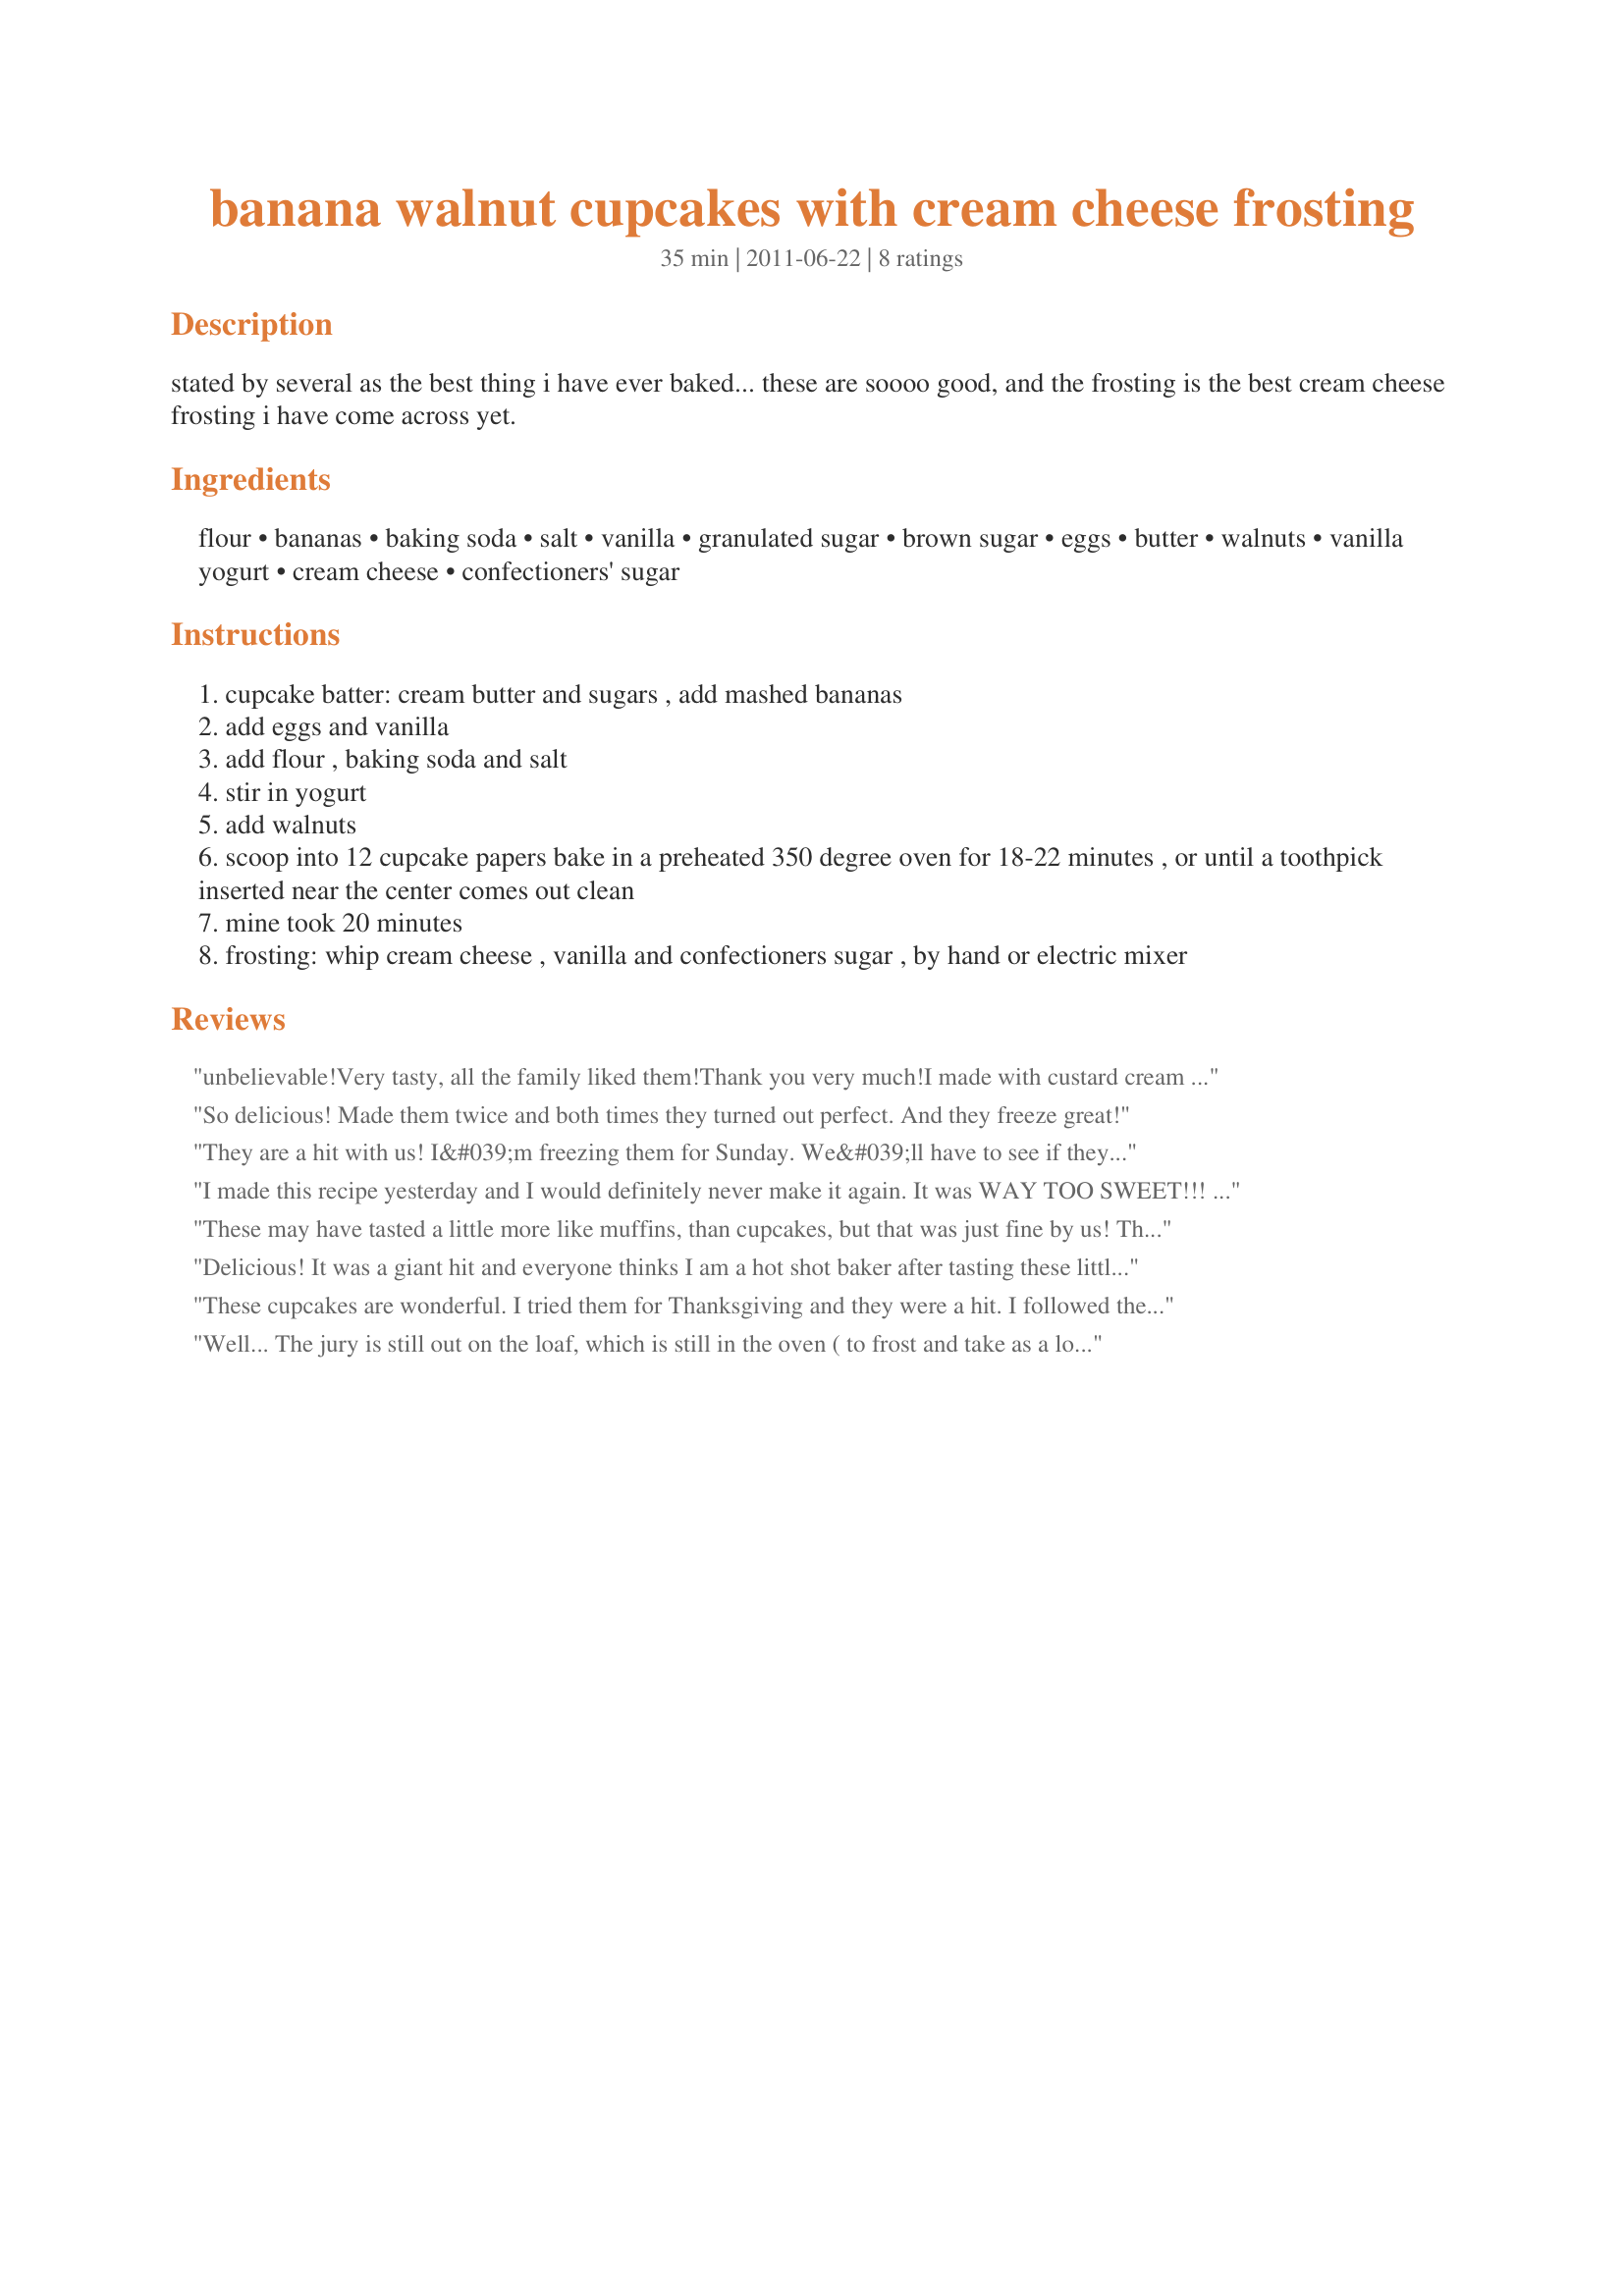
banana walnut cupcakes with cream cheese frosting
Preparation time: 35 minutes

stated by several as the best thing i have ever baked... these are soooo good, and the frosting is the best cream cheese frosting i have come across yet.

Ingredients:
flour, bananas, baking soda, salt, vanilla, granulated sugar, brown sugar, eggs, butter, walnuts, vanilla yogurt, cream cheese, confectioners' sugar

Steps:
cupcake batter: cream butter and sugars , add mashed bananas
add eggs and vanilla
add flour , baking soda and salt
stir in yogurt
add walnuts
scoop into 12 cupcake papers bake in a preheated 350 degree oven for 18-22 minutes , or until a toothpick inserted near the center comes out clean
mine took 20 minutes
frosting: whip cream cheese , vanilla and confectioners sugar , by hand or electric mixer

Reviews:
unbelievable!Very tasty, all the family liked them!Thank you very much!I made with custard cream on top but will try your frosting next time.
So delicious! Made them twice and both times they turned out perfect. And they freeze great!
They are a hit with us! I&#039;m freezing them for Sunday. We&#039;ll have to see if they&#039;re &#039;freeze-worthy.&#039;
I made this recipe yesterday and I would definitely never make it again. It was WAY TOO SWEET!!! Everyone in my family thought so and we ended up throwing out the last few. Take a look at the nutritional info.
These may have tasted a little more like muffins, than cupcakes, but that was just fine by us! The recipe made 17 cupcakes for me, but I probably could have made them a little bigger. Still would have had more than a dozen, which was a bonus! We enjoyed them immensely, and will be making them again! Thanks so much for sharing a great recipe, missyqh! Made for Fall PAC 2011.
Delicious! It was a giant hit and everyone thinks I am a hot shot baker after tasting these little treats. Some suggestions-- when your bananas get ripe and ready, and you are not, freeze them! It makes it super easy to thaw and throw together when you want banana baked goods. Also, I put frosting in a ziploc Baggie and snipped the end about a half inch, making the perfect piping bag. They came out gorgeous! -- followed recipe perfectly, and mine made 16 instead of 12... Cooked in 22 mins for clean toothpick, and were VERY moist. Toasted the walnuts to bring out their flavor more, and this is a step I wouldn&#039;t skip, totally worth it. Just don&#039;t burn them, yuck. Oh, best to cool them in the fridge so they are chilly before adding frosting, since the melting point is super low and it&#039;ll get runny. I frosted mine up and then put back in the fridge for an hour, so the frosting could set and get a little hard layer on top. Worked out perfectly. Thanks for sharing, great recipe!
These cupcakes are wonderful. I tried them for Thanksgiving and they were a hit. I followed the recipe as directed using three bananas for the cup cakes and I also had more than twelve cakes. I also made the cream cheese frosting but I used less sugar only because I like less sugar in my cream cheese frosting, but it was great the first day and the second day. I will definitely be making these cupcakes a lot.
Well... The jury is still out on the loaf, which is still in the oven ( to frost and take as a long narrow cake to my nephew's party). But the cupcakes are very oily. When I removed them from the pan there was a pool of butter underneath each cupcake liner. I was suspicious when mixing them up that one cup of flour was not enough to handle one half cup butter.. I think the proportions are off. They are also super super sweet for something that's yet to be frosted... Hmm. Not my favorite recipe from Genius Kitchen. The upside is that I made the cupcakes to freeze... Maybe the extra butter will keep them super moist after freezing...
